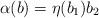
LaTeX: \begin{align*}\alpha(b)=\eta(b_1)b_2\end{align*}